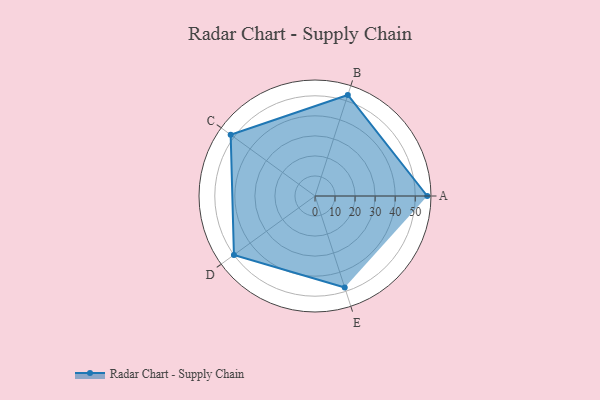
{"axis": {"x": "Skill", "y": "Score"}, "legend": ["Profile"], "data": [{"x": "A", "y": 56.0, "type": "Profile"}, {"x": "B", "y": 53.0, "type": "Profile"}, {"x": "C", "y": 52.0, "type": "Profile"}, {"x": "D", "y": 50.0, "type": "Profile"}, {"x": "E", "y": 48.0, "type": "Profile"}]}